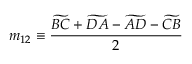
m _ { 1 2 } \equiv \frac { \widetilde { B C } + \widetilde { D A } - \widetilde { A D } - \widetilde { C B } } { 2 }